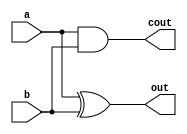

module half_adder(
	input a, 
	input b,
	output out,
	output cout);
	
	assign out = a ^ b ;
	assign cout = a & b;
	
endmodule